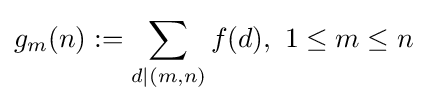
g_{m}(n):=\sum _{d\mid (m,n)}f(d),\ 1\leq m\leq n